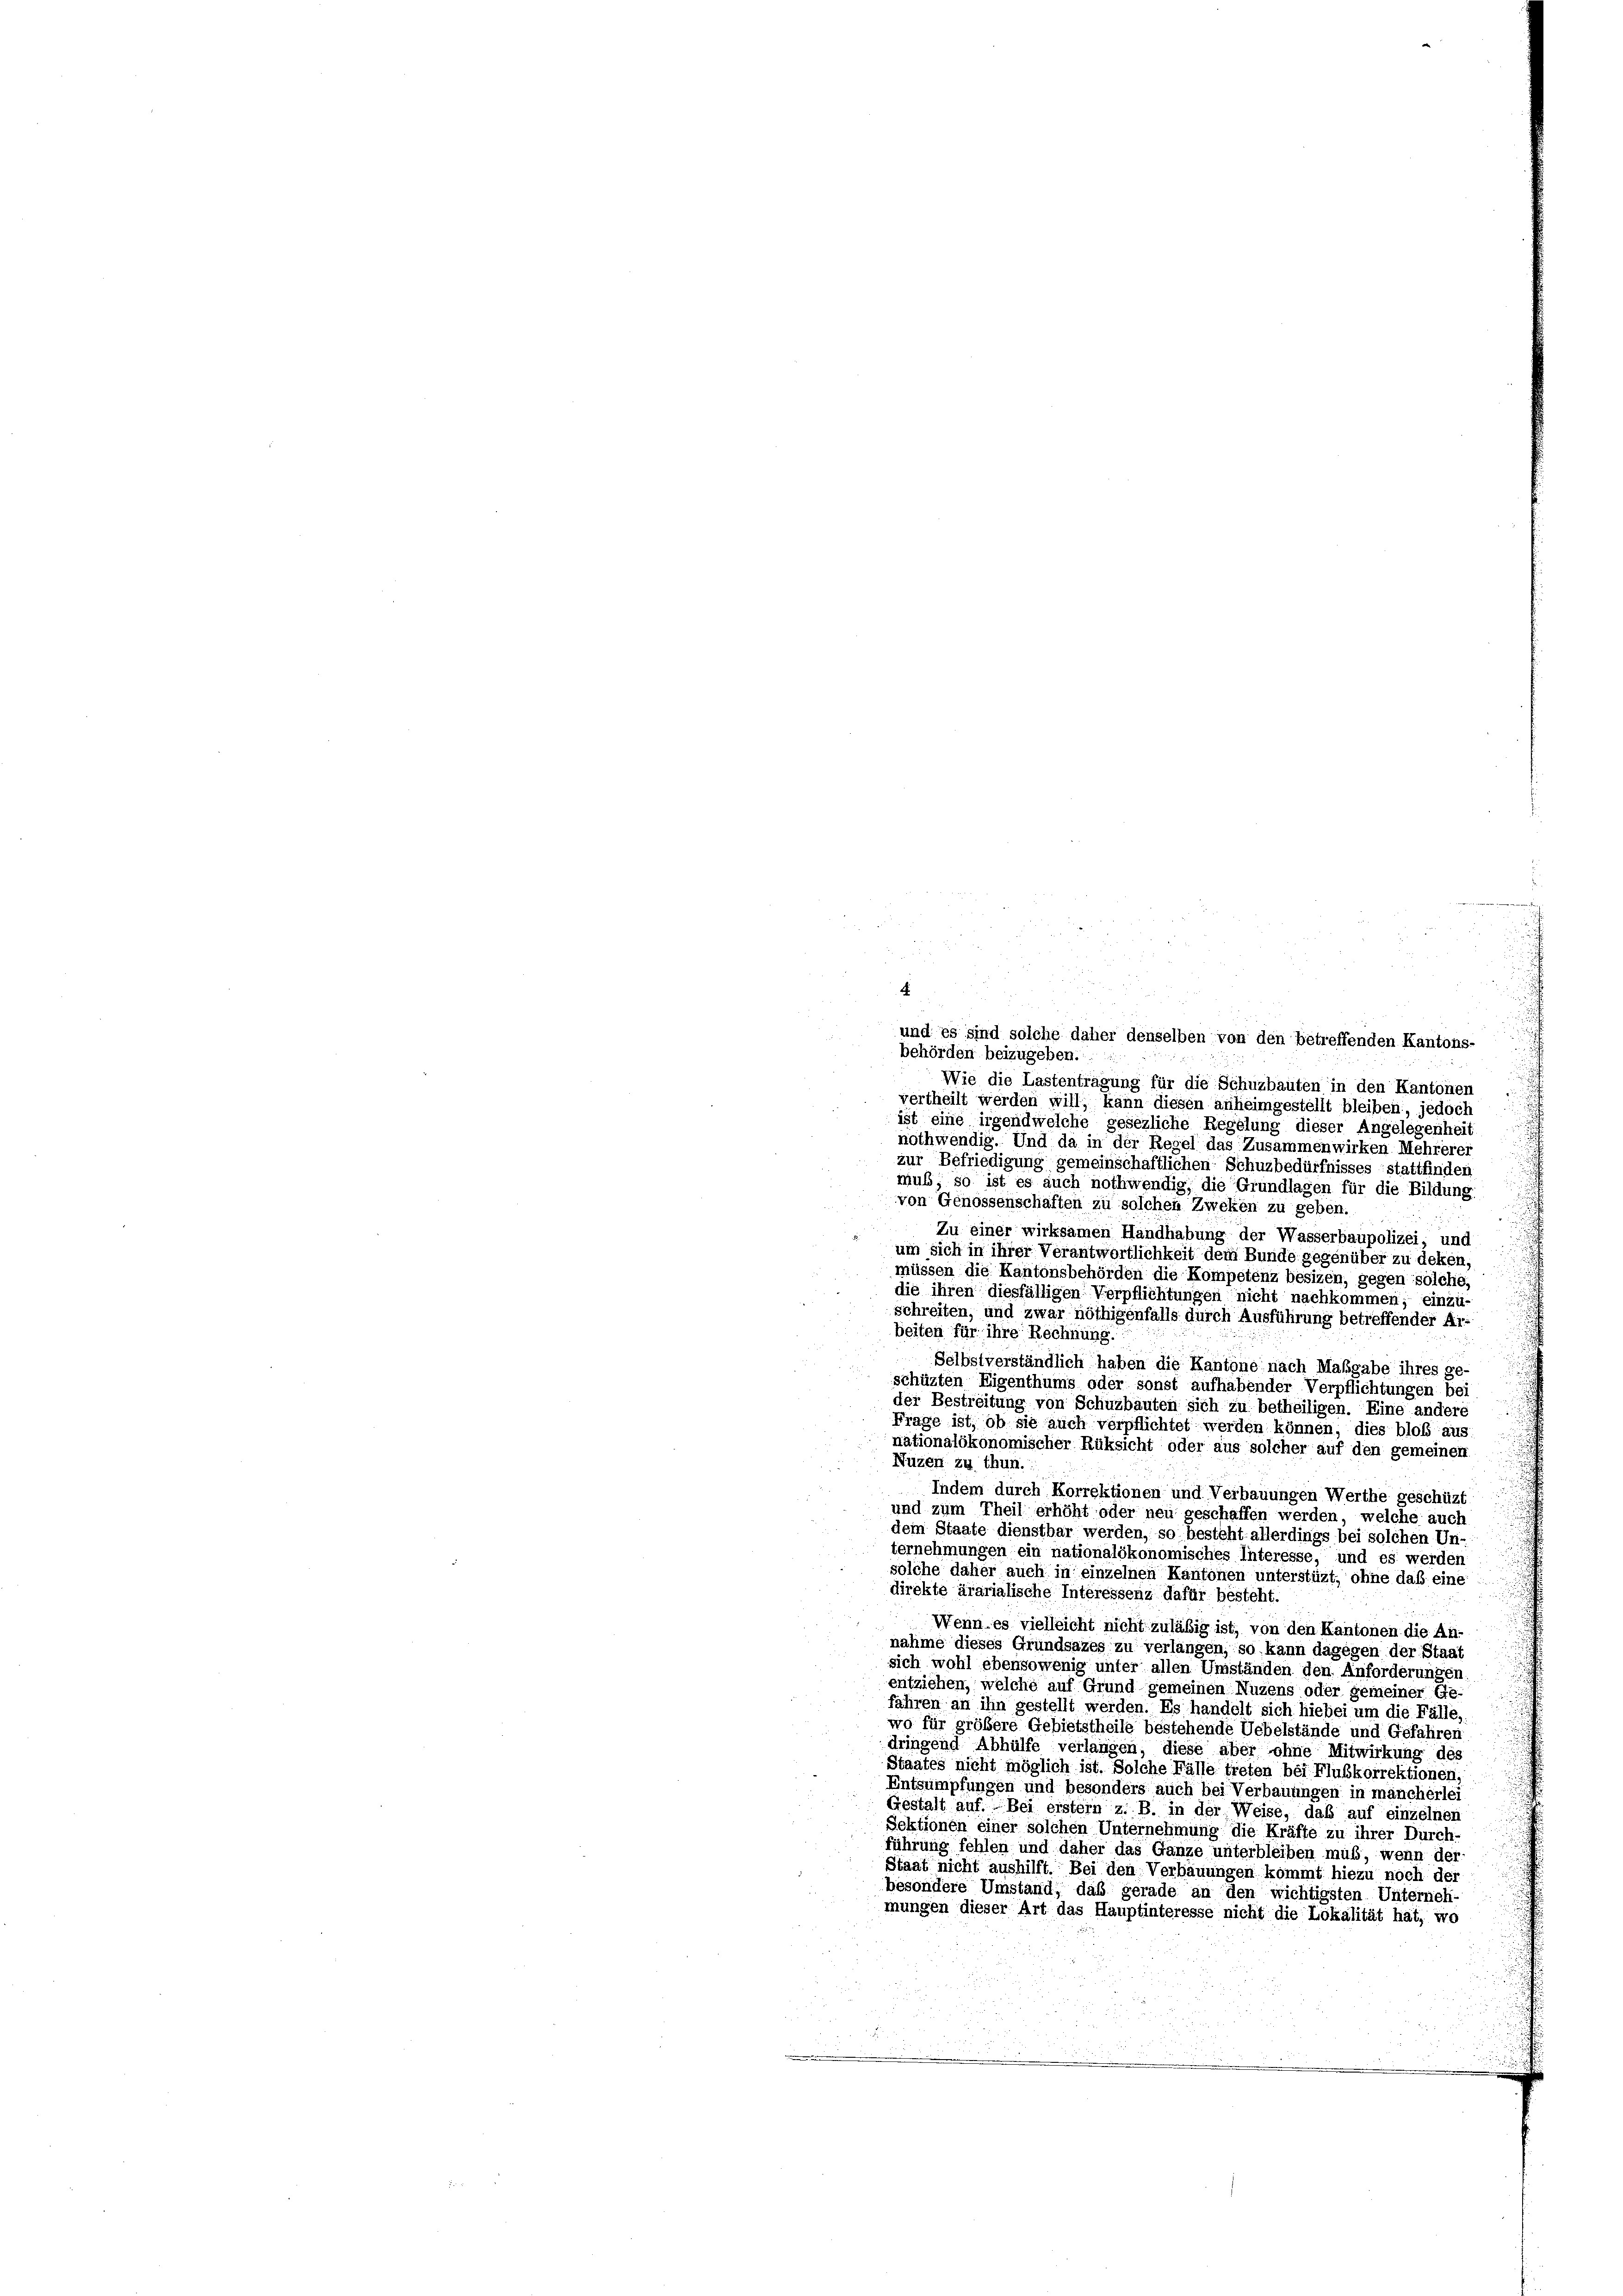
4
und es sind solche daher denselben von den betreffenden Kantons-
behörden beizugeben.
Wie die Lastentragung für die Schuzbauten in den Kantonen
vertheilt werden will, kann diesen anheimgestellt bleiben, jedoch
ist eine irgendwelche gesezliche Regelung dieser Angelegenheit
nothwendig. Und da in der Regel das Zusammenwirken Mehrerer
zur Befriedigung gemeinschaftlichen Schuzbedürfnisses stattfinden
muß, so ist es auch nothwendig, die Grundlagen für die Bildung
von Genossenschaften zu solchen Zweken zu geben.
Zu einer wirksamen Handhabung der Wasserbaupolizei; und
um sich in ihrer Verantwortlichkeit dem Bunde gegenüber zu deken,
müssen die Kantonsbehörden die Kompetenz besizen, gegen solche,
die ihren diesfälligen Verpflichtungen nicht nachkommen, einzu-
schreiten, und zwar nöthigenfalls durch Ausführung betreffender Ar-
beiten für ihre Rechnung.
Selbstverständlich haben die Kantone nach Maßgabe ihres ge-
schüzten Eigenthums oder sonst aufhabender Verpflichtungen bei
der Bestreitung von Schuzbauten sich zu betheiligen. Eine andere
Frage ist, ob sie auch verpflichtet werden können, dies bloß aus
nationalökonomischer Rüksicht oder aus solcher auf den gemeinen
Nuzen zu thun.
Indem durch Korrektionen und Verbauungen Werthe geschüzt
und zum Theil erhöht oder neu geschaffen werden, welche auch
dem Staate dienstbar werden, so besteht allerdings bei solchen Un-
ternehmungen ein nationalökonomisches Interesse, und es werden
solche daher auch in einzelnen Kantonen unterstüzt, ohne daß eine
direkte ärarialische Interessenz dafür besteht.
Wenn es vielleicht nicht zuläßig ist, von den Kantonen die An-
nahme dieses Grundsazes zu verlangen, so kann dagegen der Staat
sich wohl ebensowenig unter allen Umständen den Anforderungen
entziehen, welche auf Grund gemeinen Nuzens oder gemeiner Ge-
fahren an ihn gestellt werden. Es handelt sich hiebei um die Fälle.
wo für größere Gebietstheile bestehende Uebelstände und Gefahren
dringend Abhülfe verlangen, diese aber ohne Mitwirkung des
Staates nicht möglich ist. Solche Fälle treten bei Flußkorrektionen,
Entsumpfungen und besonders auch bei Verbauungen in mancherlei
Gestalt auf. Bei erster z. B. in der Weise, daß auf einzelnen
Sektionen einer solchen Unternehmung die Kräfte zu ihrer Durch-
führung fehlen und daher das Ganze unterbleiben muß, wenn der
Staat nicht aushilft. Bei den Verbauungen kommt hiezu noch der
besondere Umstand, daß gerade an den wichtigsten Unterneh-
mungen dieser Art das Hauptinteresse nicht die Lokalität hat, wo